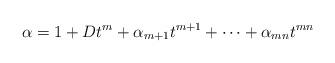
LaTeX: \begin{align*}\alpha = 1+Dt^m+\alpha_{m+1}t^{m+1}+\cdots +\alpha_{mn}t^{mn}\end{align*}